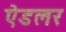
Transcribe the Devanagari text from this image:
ऐडलर